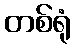
တစ်ရုံ